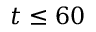
t \le 6 0